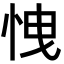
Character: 𢘽